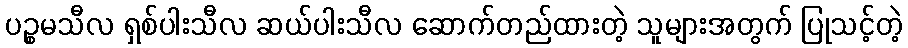
ပဉ္စမသီလ ရှစ်ပါးသီလ ဆယ်ပါးသီလ ဆောက်တည်ထားတဲ့ သူများအတွက် ပြုသင့်တဲ့